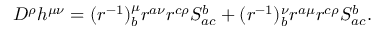
D ^ { \rho } h ^ { \mu \nu } = ( r ^ { - 1 } ) _ { b } ^ { \mu } r ^ { a \nu } r ^ { c \rho } S _ { a c } ^ { b } + ( r ^ { - 1 } ) _ { b } ^ { \nu } r ^ { a \mu } r ^ { c \rho } S _ { a c } ^ { b } .